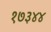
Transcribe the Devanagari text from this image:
१७३४४